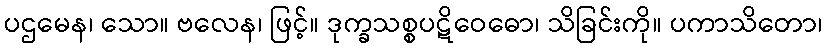
ပဌမေန၊ သော။ ဗလေန၊ ဖြင့်။ ဒုက္ခသစ္စပဋိဝေဓော၊ သိခြင်းကို။ ပကာသိတော၊